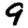
Digit: 9